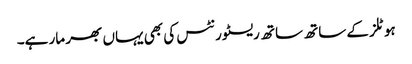
ہوٹلز کے ساتھ ساتھ ریسٹورنٹس کی بھی یہاں بھر مار ہے۔